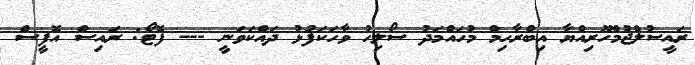
ރައީސުލްޖުމްހޫރިއްޔާ އިބްރާހިމް މުހައްމަދު ސޯލިހު ވާހަކަފުޅު ދައްކަވަނީ --- ފޮޓޯ: ރައިސް އޮފީސް